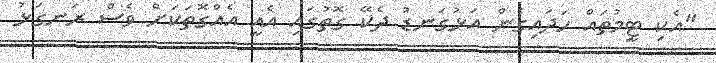
"އެކި ޓީމުތައް ހަދައިގެން އަޅުގަނޑު ދެކޭ ގޮތުގައި އެއީ އެއްގޮތަކަށް ވެސް ރަނގަޅު